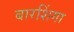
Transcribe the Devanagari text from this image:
बारशिंगा